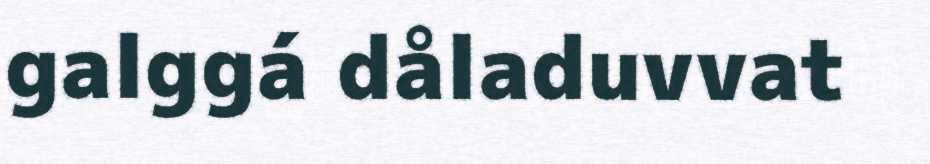
galggá dåladuvvat